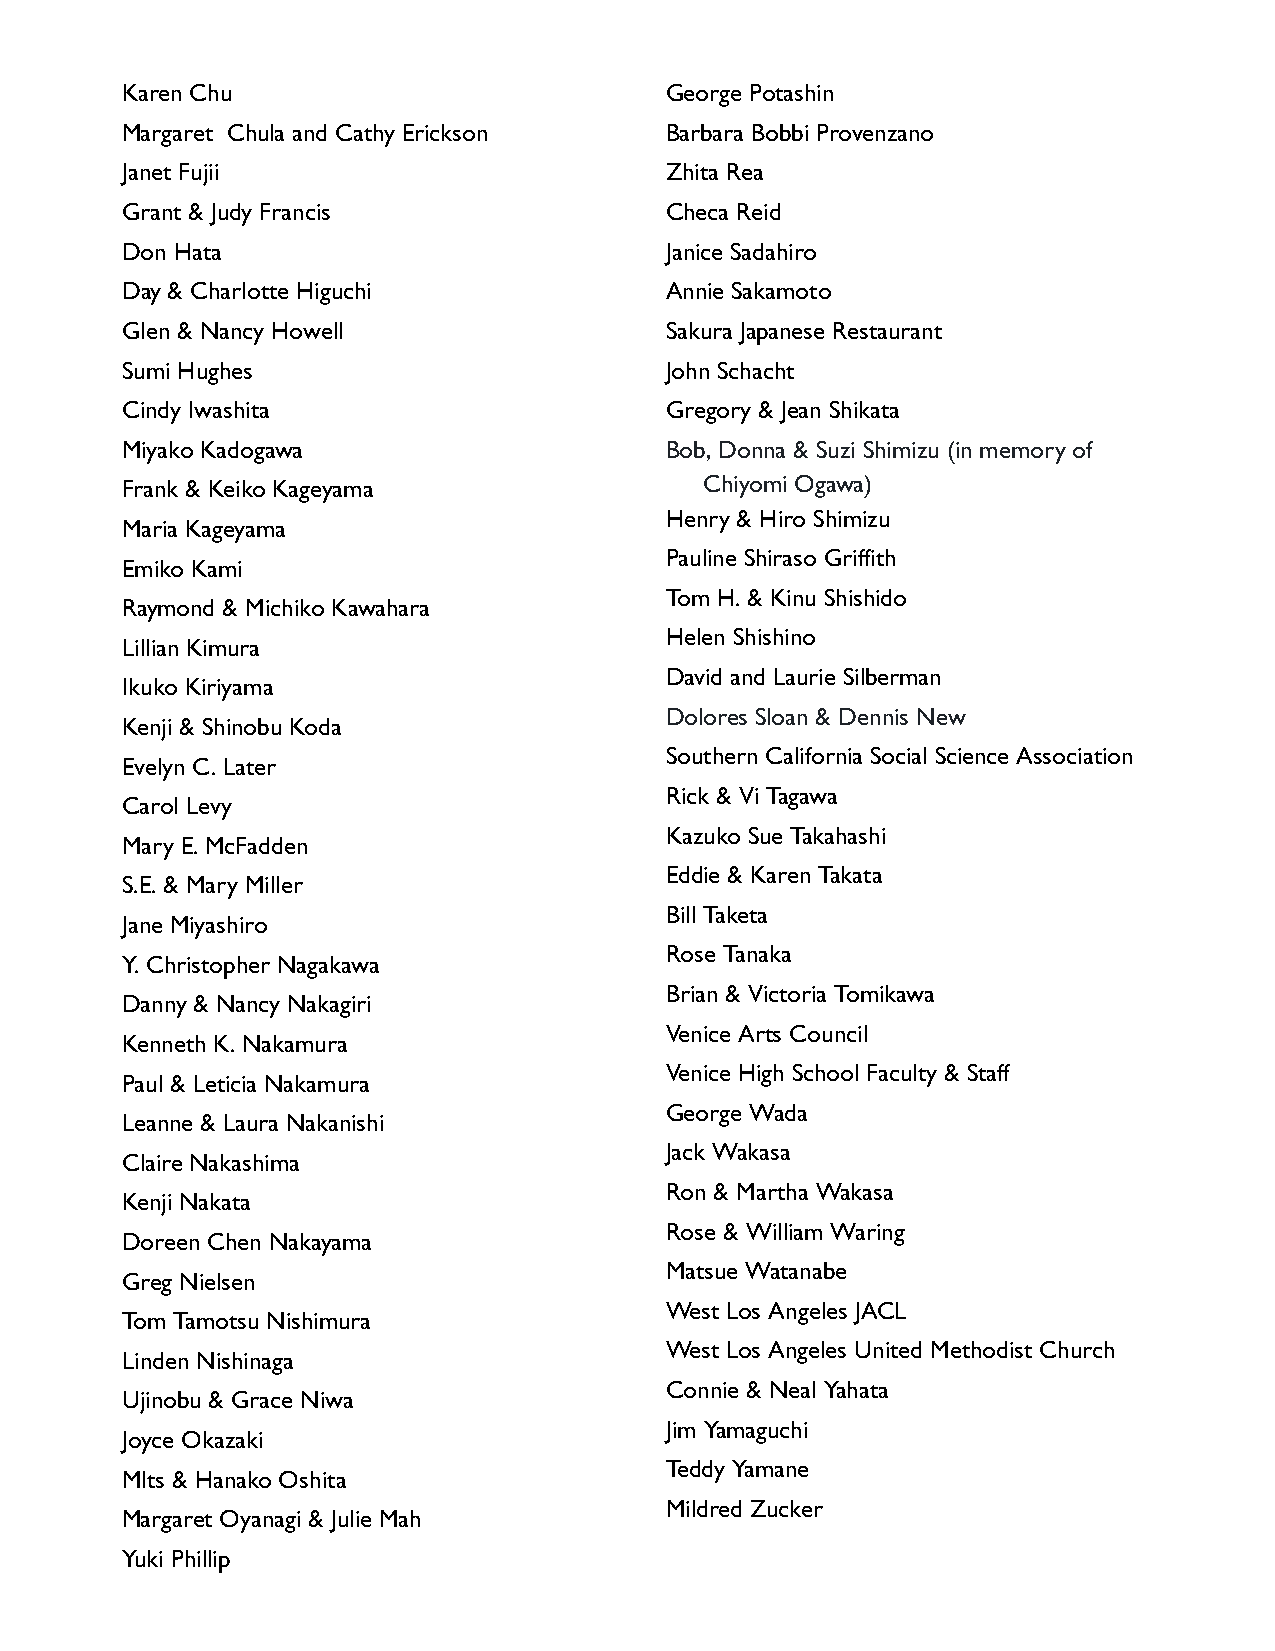
Karen Chu                           George Potashin
 Margaret Chula and Cathy Erickson   Barbara Bobbi Provenzano
 Janet Fujii                         Zhita Rea
 Grant & Judy Francis                Checa Reid
 Don Hata                            Janice Sadahiro
 Day & Charlotte Higuchi             Annie Sakamoto
 Glen & Nancy Howell                 Sakura Japanese Restaurant
 Sumi Hughes                         John Schacht
 Cindy Iwashita                      Gregory & Jean Shikata
 Miyako Kadogawa                     Bob, Donna & Suzi Shimizu (in memory of
 Frank & Keiko Kageyama                 Chiyomi Ogawa)
 Henry & Hiro Shimizu
 Maria Kageyama
 Pauline Shiraso Griffith
 Emiko Kami
 Tom H. & Kinu Shishido
 Raymond & Michiko Kawahara
 Helen Shishino
 Lillian Kimura
 David and Laurie Silberman
 Ikuko Kiriyama
 Dolores Sloan & Dennis New
 Kenji & Shinobu Koda
 Southern California Social Science Association
 Evelyn C. Later
 Rick & Vi Tagawa
 Carol Levy
 Kazuko Sue Takahashi
 Mary E. McFadden
 Eddie & Karen Takata
 S.E. & Mary Miller
 Bill Taketa
 Jane Miyashiro
 Rose Tanaka
 Y. Christopher Nagakawa
 Brian & Victoria Tomikawa
 Danny & Nancy Nakagiri
 Venice Arts Council
 Kenneth K. Nakamura
 Venice High School Faculty & Staff
 Paul & Leticia Nakamura
 George Wada
 Leanne & Laura Nakanishi
 Jack Wakasa
 Claire Nakashima
 Ron & Martha Wakasa
 Kenji Nakata
 Rose & William Waring
 Doreen Chen Nakayama
 Matsue Watanabe
 Greg Nielsen
 West Los Angeles JACL
 Tom Tamotsu Nishimura
 West Los Angeles United Methodist Church
 Linden Nishinaga
 Connie & Neal Yahata
 Ujinobu & Grace Niwa
 Jim Yamaguchi
 Joyce Okazaki
 Teddy Yamane
 MIts & Hanako Oshita
 Mildred Zucker
 Margaret Oyanagi & Julie Mah
 Yuki Phillip